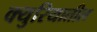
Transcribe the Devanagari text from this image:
क्युरियातील